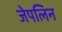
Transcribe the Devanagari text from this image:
जेपलिन